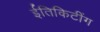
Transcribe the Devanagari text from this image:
ईतिकिटींग